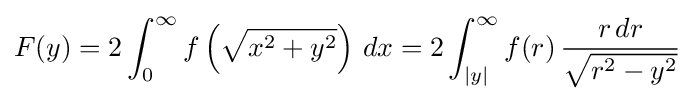
F(y)=2\int _{0}^{\infty }f\left({\sqrt {x^{2}+y^{2}}}\right)\,dx=2\int _{|y|}^{\infty }f(r)\,{\frac {r\,dr}{\sqrt {r^{2}-y^{2}}}}